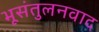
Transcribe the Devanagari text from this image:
भूसंतुलनवाद